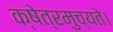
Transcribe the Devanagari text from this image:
क्षेत्रमुच्यते।